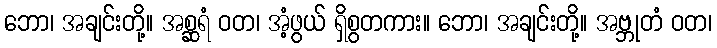
ဘော၊ အချင်းတို့။ အစ္ဆရံ ဝတ၊ အံ့ဖွယ် ရှိစွတကား။ ဘော၊ အချင်းတို့။ အဗ္ဘုတံ ဝတ၊